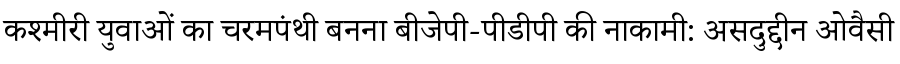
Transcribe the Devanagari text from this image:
कश्मीरी युवाओं का चरमपंथी बनना बीजेपी-पीडीपी की नाकामी: असदुद्दीन ओवैसी